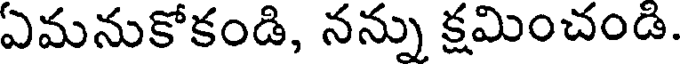
ఏమనుకోకండి, నన్ను క్షమించండి.